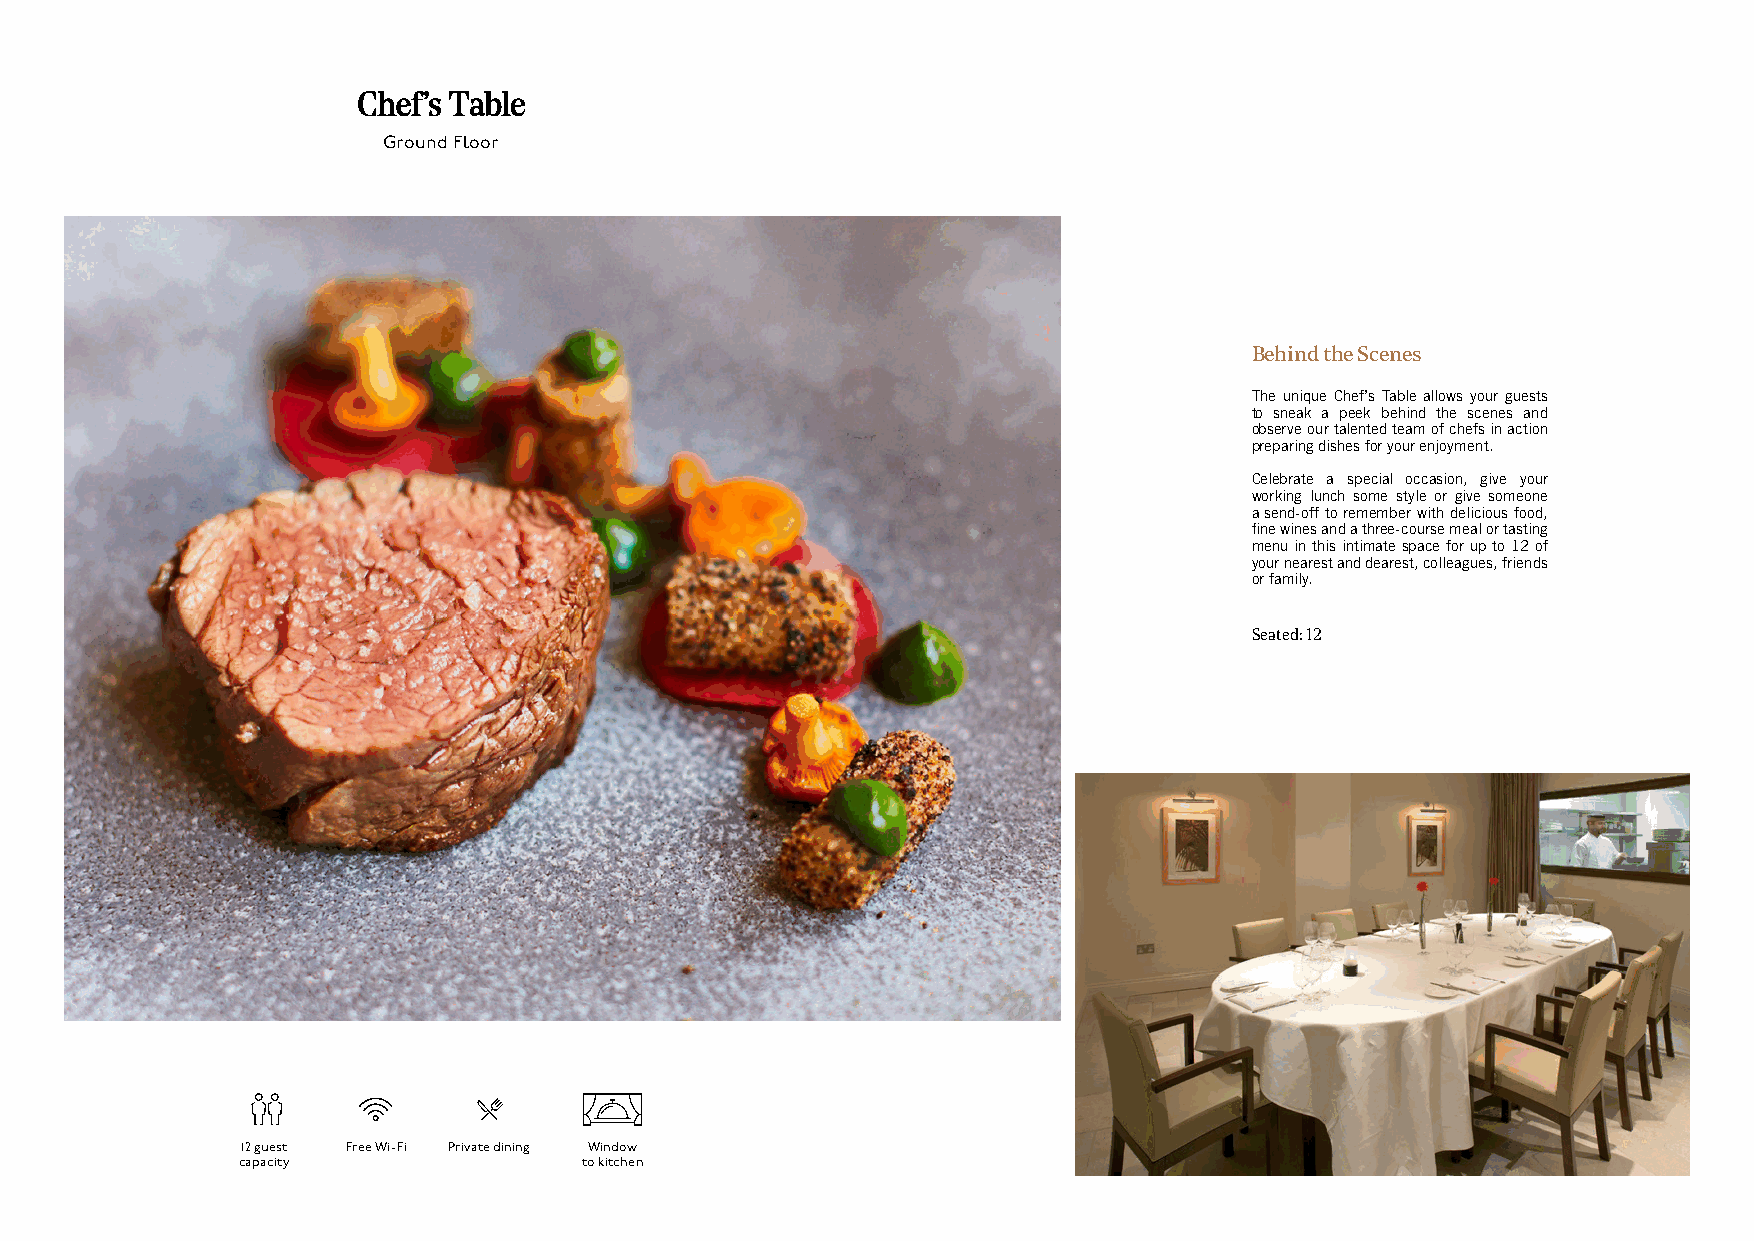
Chef’s Table
 Ground Floor
 Behind the Scenes
 The unique Chef’s Table allows your guests
 to sneak a peek behind the scenes and
 observe our talented team of chefs in action
 preparing dishes for your enjoyment.
 Celebrate a special occasion, give your
 working lunch some style or give someone
 a send-off to remember with delicious food,
 fine wines and a three-course meal or tasting
 menu in this intimate space for up to 12 of
 your nearest and dearest, colleagues, friends
 or family.
 Seated: 12
 12 guest Free Wi-Fi Private dining Window
 capacity               to kitchen